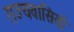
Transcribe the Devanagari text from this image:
राज्यवासियों